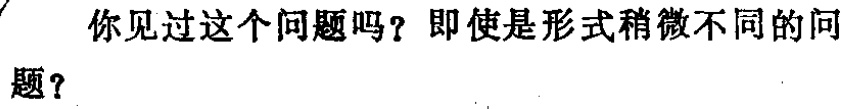
你见过这个问题吗？即使是形式稍微不同的问

题？